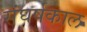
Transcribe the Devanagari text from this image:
संघर्षकाल